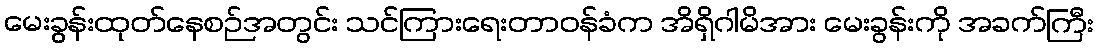
မေးခွန်းထုတ်နေစဉ်အတွင်း သင်ကြားရေးတာဝန်ခံက အိရှိဂါမိအား မေးခွန်းကို အခက်ကြီး